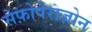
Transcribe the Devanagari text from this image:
सेफ़ोपेराज़ोन